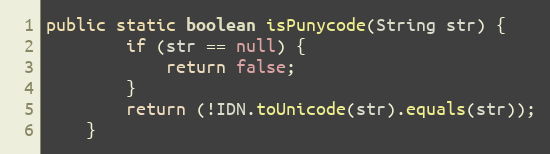
Language: Java
public static boolean isPunycode(String str) {
		if (str == null) {
			return false;
		}
		return (!IDN.toUnicode(str).equals(str));
	}